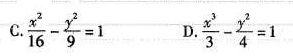
C.$$\frac { x ^ { 2 } } { 1 6 } - \frac { y ^ { 2 } } { 9 } = 1$$ D.$$\frac { x ^ { 3 } } { 3 } - \frac { y ^ { 2 } } { 4 } = 1$$